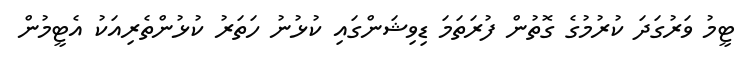
ޓީމު ވަރުގަދަ ކުރުމުގެ ގޮތުން ފުރަތަމަ ޑިވިޝަންގައި ކުޅުނު ހަތަރު ކުޅުންތެރިއަކު އެޓީމުން